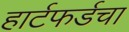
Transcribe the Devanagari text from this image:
हार्टफर्डचा